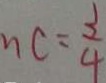
n c = \frac { 3 } { 4 }